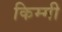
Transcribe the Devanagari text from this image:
किम्मी